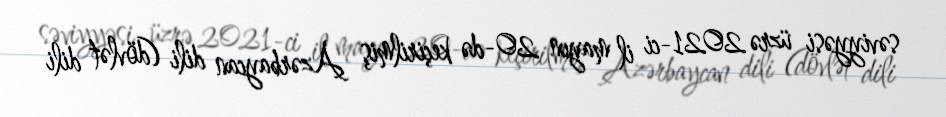
səviyyəsi üzrə 2021-ci il mayın 20-də keçirilmiş Azərbaycan dili (dövlət dili